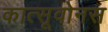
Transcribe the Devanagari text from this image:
कात्सूवोनस